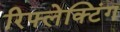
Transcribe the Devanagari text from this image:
रिफ्लेक्टिंग